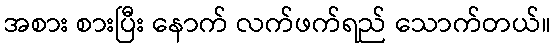
အစား စားပြီး နောက် လက်ဖက်ရည် သောက်တယ်။